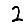
Digit: 2